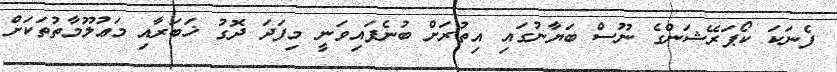
ފެނަކަ ކޯޕަރޭޝަންގެ ނޫސް ބަޔާނުގައި އިތުރަށް ބުނެފައިވަނީ މިފަދަ ދޮގު ޚަބަރާއި މަޢުލޫމާތުތަކަށް